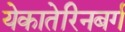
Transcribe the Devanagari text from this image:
येकातेरिनबर्ग